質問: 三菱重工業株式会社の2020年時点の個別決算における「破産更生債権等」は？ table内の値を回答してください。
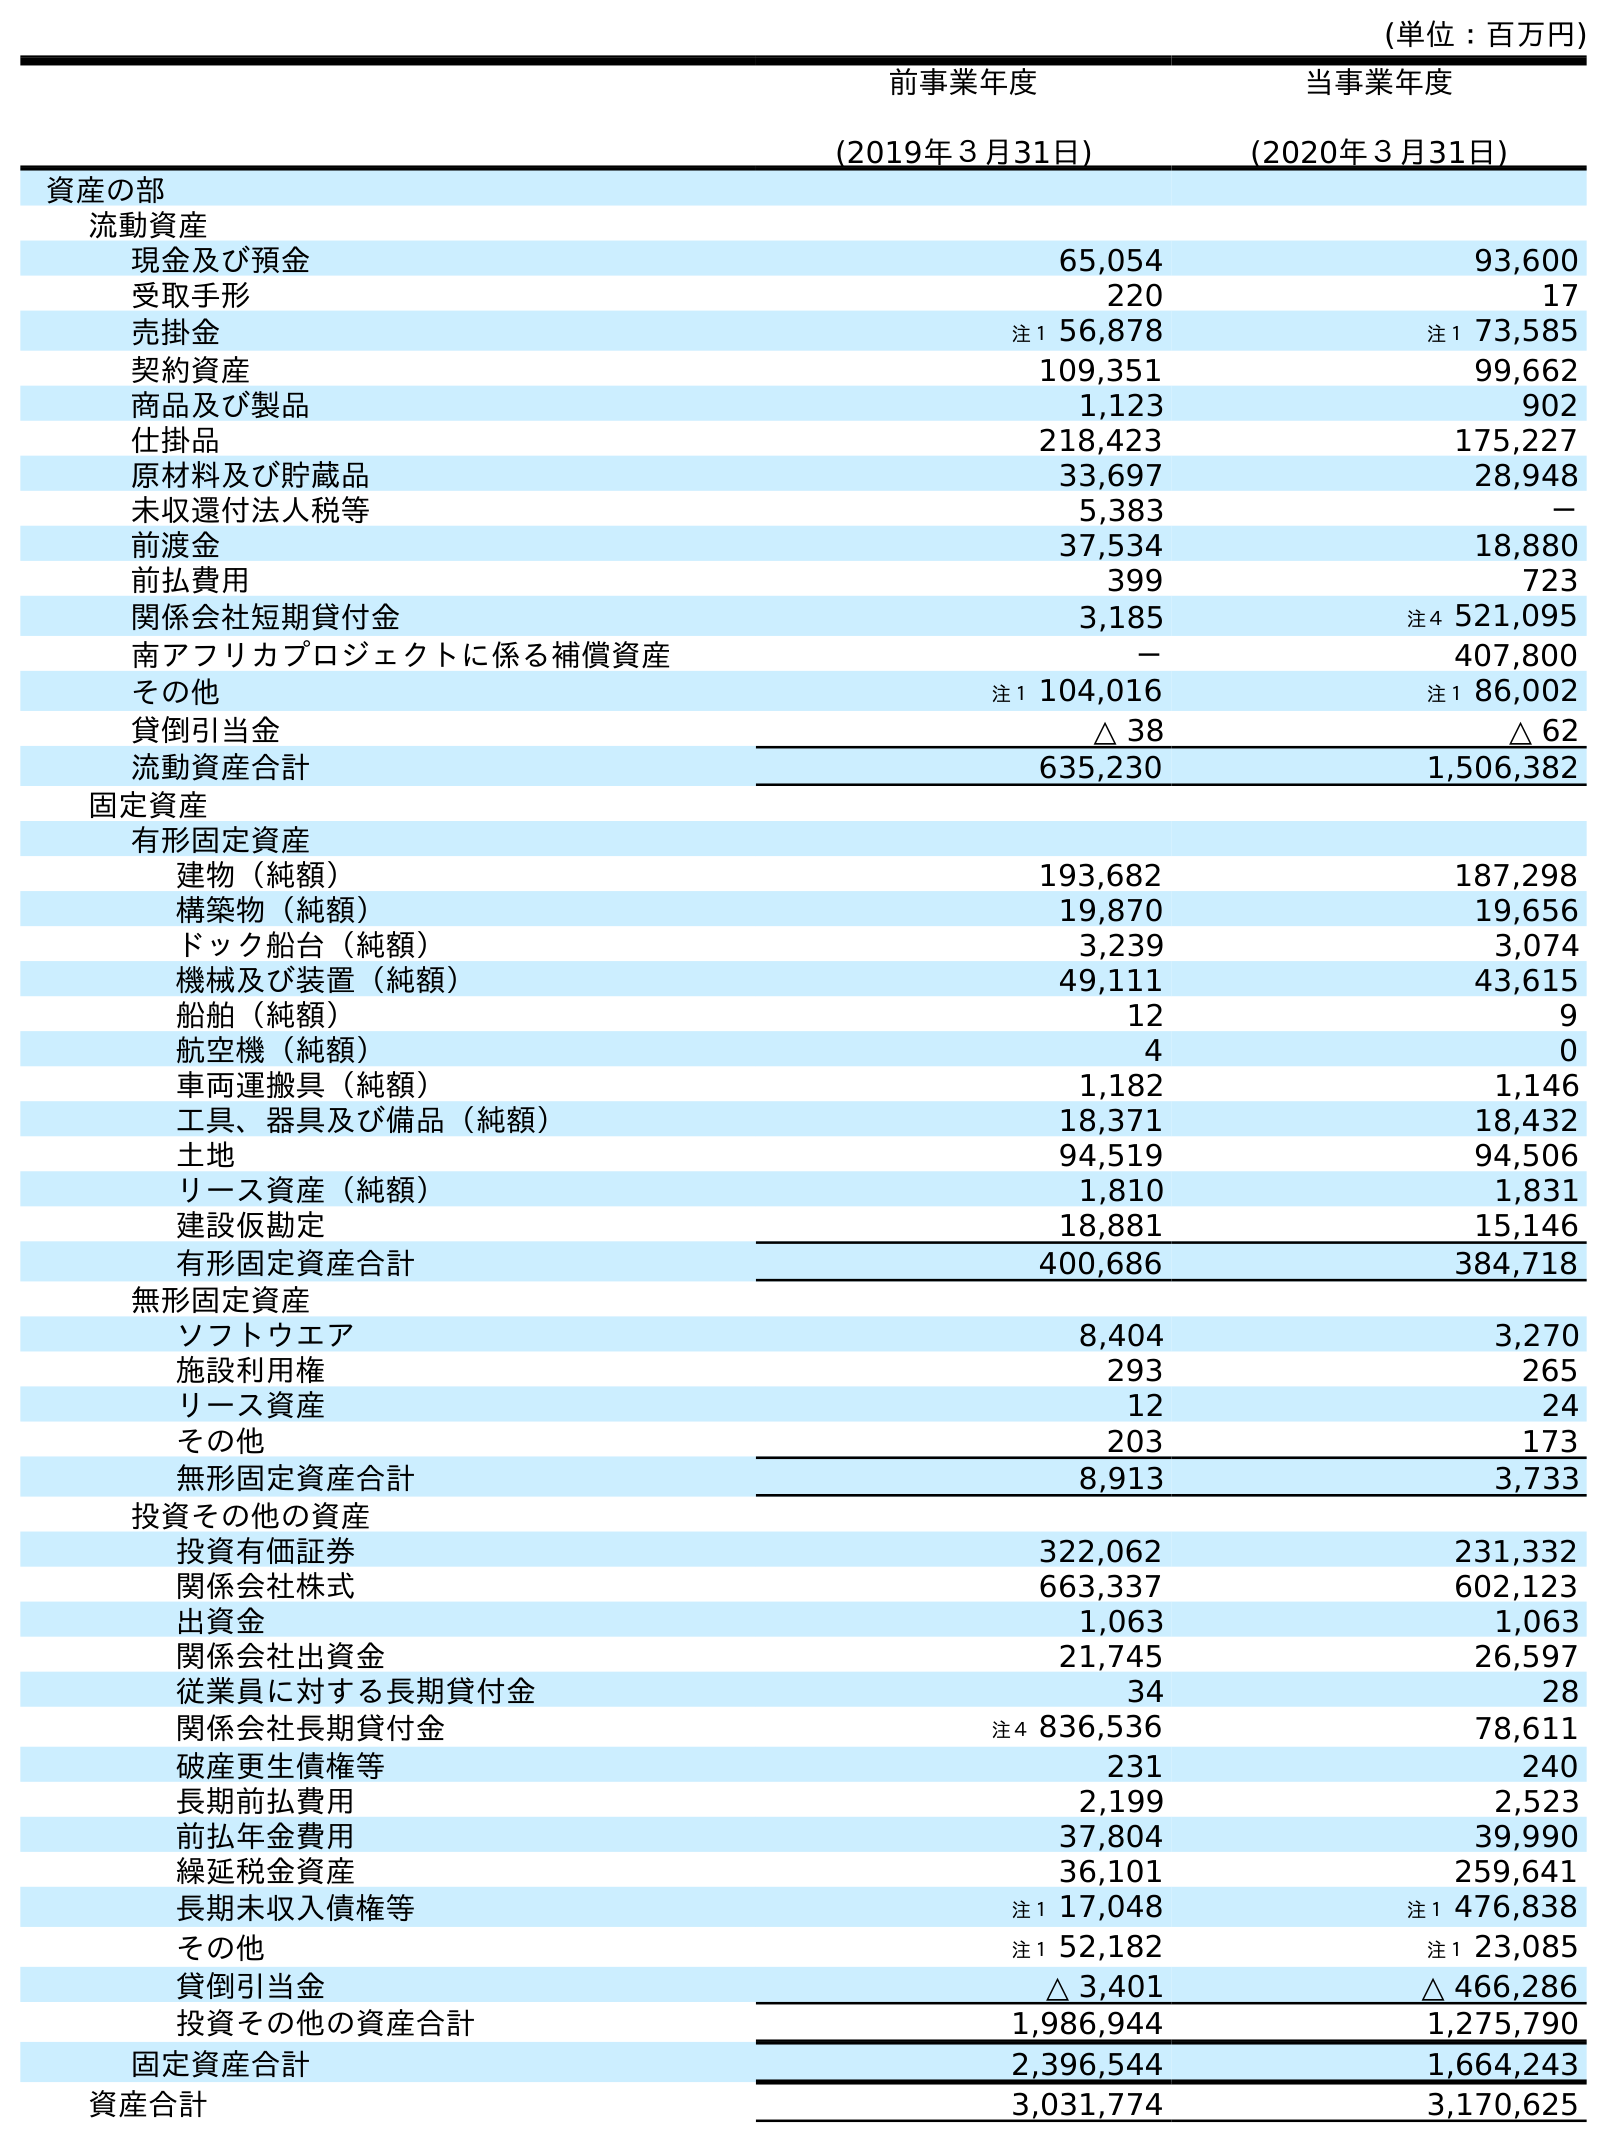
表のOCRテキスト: (単位：百万円) 前事業年度 (2019年３月31日) 当事業年度 (2020年３月31日) 資産の部 流動資産 現金及び預金 65,054 93,600 受取手形 220 17 売掛金 注１ 56,878 注１ 73,585 契約資産 109,351 99,662 商品及び製品 1,123 902 仕掛品 218,423 175,227 原材料及び貯蔵品 33,697 28,948 未収還付法人税等 5,383 － 前渡金 37,534 18,880 前払費用 399 723 関係会社短期貸付金 3,185 注４ 521,095 南アフリカプロジェクトに係る補償資産 － 407,800 その他 注１ 104,016 注１ 86,002 貸倒引当金 △ 38 △ 62 流動資産合計 635,230 1,506,382 固定資産 有形固定資産 建物（純額） 193,682 187,298 構築物（純額） 19,870 19,656 ドック船台（純額） 3,239 3,074 機械及び装置（純額） 49,111 43,615 船舶（純額） 12 9 航空機（純額） 4 0 車両運搬具（純額） 1,182 1,146 工具、器具及び備品（純額） 18,371 18,432 土地 94,519 94,506 リース資産（純額） 1,810 1,831 建設仮勘定 18,881 15,146 有形固定資産合計 400,686 384,718 無形固定資産 ソフトウエア 8,404 3,270 施設利用権 293 265 リース資産 12 24 その他 203 173 無形固定資産合計 8,913 3,733 投資その他の資産 投資有価証券 322,062 231,332 関係会社株式 663,337 602,123 出資金 1,063 1,063 関係会社出資金 21,745 26,597 従業員に対する長期貸付金 34 28 関係会社長期貸付金 注４ 836,536 78,611 破産更生債権等 231 240 長期前払費用 2,199 2,523 前払年金費用 37,804 39,990 繰延税金資産 36,101 259,641 長期未収入債権等 注１ 17,048 注１ 476,838 その他 注１ 52,182 注１ 23,085 貸倒引当金 △ 3,401 △ 466,286 投資その他の資産合計 1,986,944 1,275,790 固定資産合計 2,396,544 1,664,243 資産合計 3,031,774 3,170,625
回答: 240